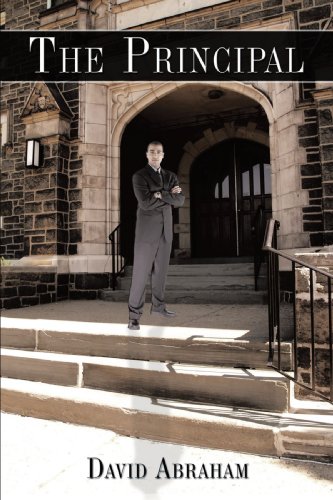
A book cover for The Principal; David Abraham; Romance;